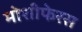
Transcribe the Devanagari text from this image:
मोशीफेरस